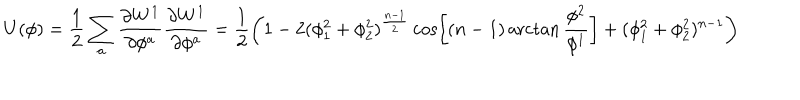
U ( \phi ) = \frac { 1 } { 2 } \sum _ { a } \frac { \partial W ^ { 1 } } { \partial \phi ^ { a } } \frac { \partial W ^ { 1 } } { \partial \phi ^ { a } } = \frac { 1 } { 2 } \left( 1 - 2 ( \phi _ { 1 } ^ { 2 } + \phi _ { 2 } ^ { 2 } ) ^ { \frac { n - 1 } { 2 } } \cos \left[ ( n - 1 ) \operatorname { a r c t a n } \frac { \phi ^ { 2 } } { \phi ^ { 1 } } \right] + ( \phi _ { 1 } ^ { 2 } + \phi _ { 2 } ^ { 2 } ) ^ { n - 1 } \right)